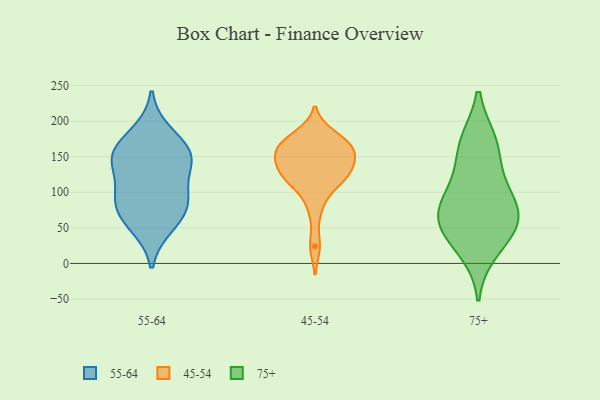
{"axis": {"x": "Headcount", "y": "Value"}, "legend": ["45-54", "55-64", "75+"], "data": [{"x": "", "y": 53, "type": "55-64"}, {"x": "", "y": 151, "type": "55-64"}, {"x": "", "y": 101, "type": "55-64"}, {"x": "", "y": 66, "type": "55-64"}, {"x": "", "y": 150, "type": "55-64"}, {"x": "", "y": 153, "type": "55-64"}, {"x": "", "y": 92, "type": "55-64"}, {"x": "", "y": 183, "type": "55-64"}, {"x": "", "y": 84, "type": "55-64"}, {"x": "", "y": 144, "type": "55-64"}, {"x": "", "y": 77, "type": "45-54"}, {"x": "", "y": 128, "type": "45-54"}, {"x": "", "y": 121, "type": "45-54"}, {"x": "", "y": 125, "type": "45-54"}, {"x": "", "y": 162, "type": "45-54"}, {"x": "", "y": 157, "type": "45-54"}, {"x": "", "y": 165, "type": "45-54"}, {"x": "", "y": 119, "type": "45-54"}, {"x": "", "y": 137, "type": "45-54"}, {"x": "", "y": 181, "type": "45-54"}, {"x": "", "y": 150, "type": "45-54"}, {"x": "", "y": 165, "type": "45-54"}, {"x": "", "y": 106, "type": "45-54"}, {"x": "", "y": 24, "type": "45-54"}, {"x": "", "y": 147, "type": "45-54"}, {"x": "", "y": 178, "type": "45-54"}, {"x": "", "y": 131, "type": "75+"}, {"x": "", "y": 99, "type": "75+"}, {"x": "", "y": 78, "type": "75+"}, {"x": "", "y": 49, "type": "75+"}, {"x": "", "y": 171, "type": "75+"}, {"x": "", "y": 171, "type": "75+"}, {"x": "", "y": 62, "type": "75+"}, {"x": "", "y": 18, "type": "75+"}, {"x": "", "y": 77, "type": "75+"}, {"x": "", "y": 47, "type": "75+"}]}